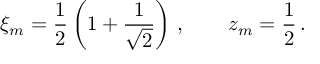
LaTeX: \xi _ { m } = \frac 1 2 \left( 1 + \frac 1 { \sqrt { 2 } } \right) \, , \qquad z _ { m } = \frac 1 2 \, .